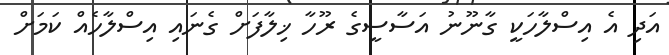
އަދި އެ އިސްލާހަކީ ގާނޫނު އަސާސީގެ ރޫހާ ޚިލާފަށް ގެނައި އިސްލާހެއް ކަމަށް